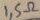
Text: 1,5Ω